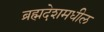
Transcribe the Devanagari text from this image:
ब्रह्मदेशमधील